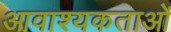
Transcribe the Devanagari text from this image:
आवाश्यकताओं